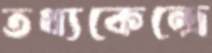
তথ্যকেন্দ্রে